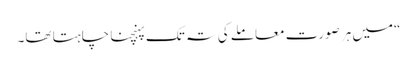
“میں ہر صورت معاملے کی تہ تک پہنچنا چاہتا تھا۔